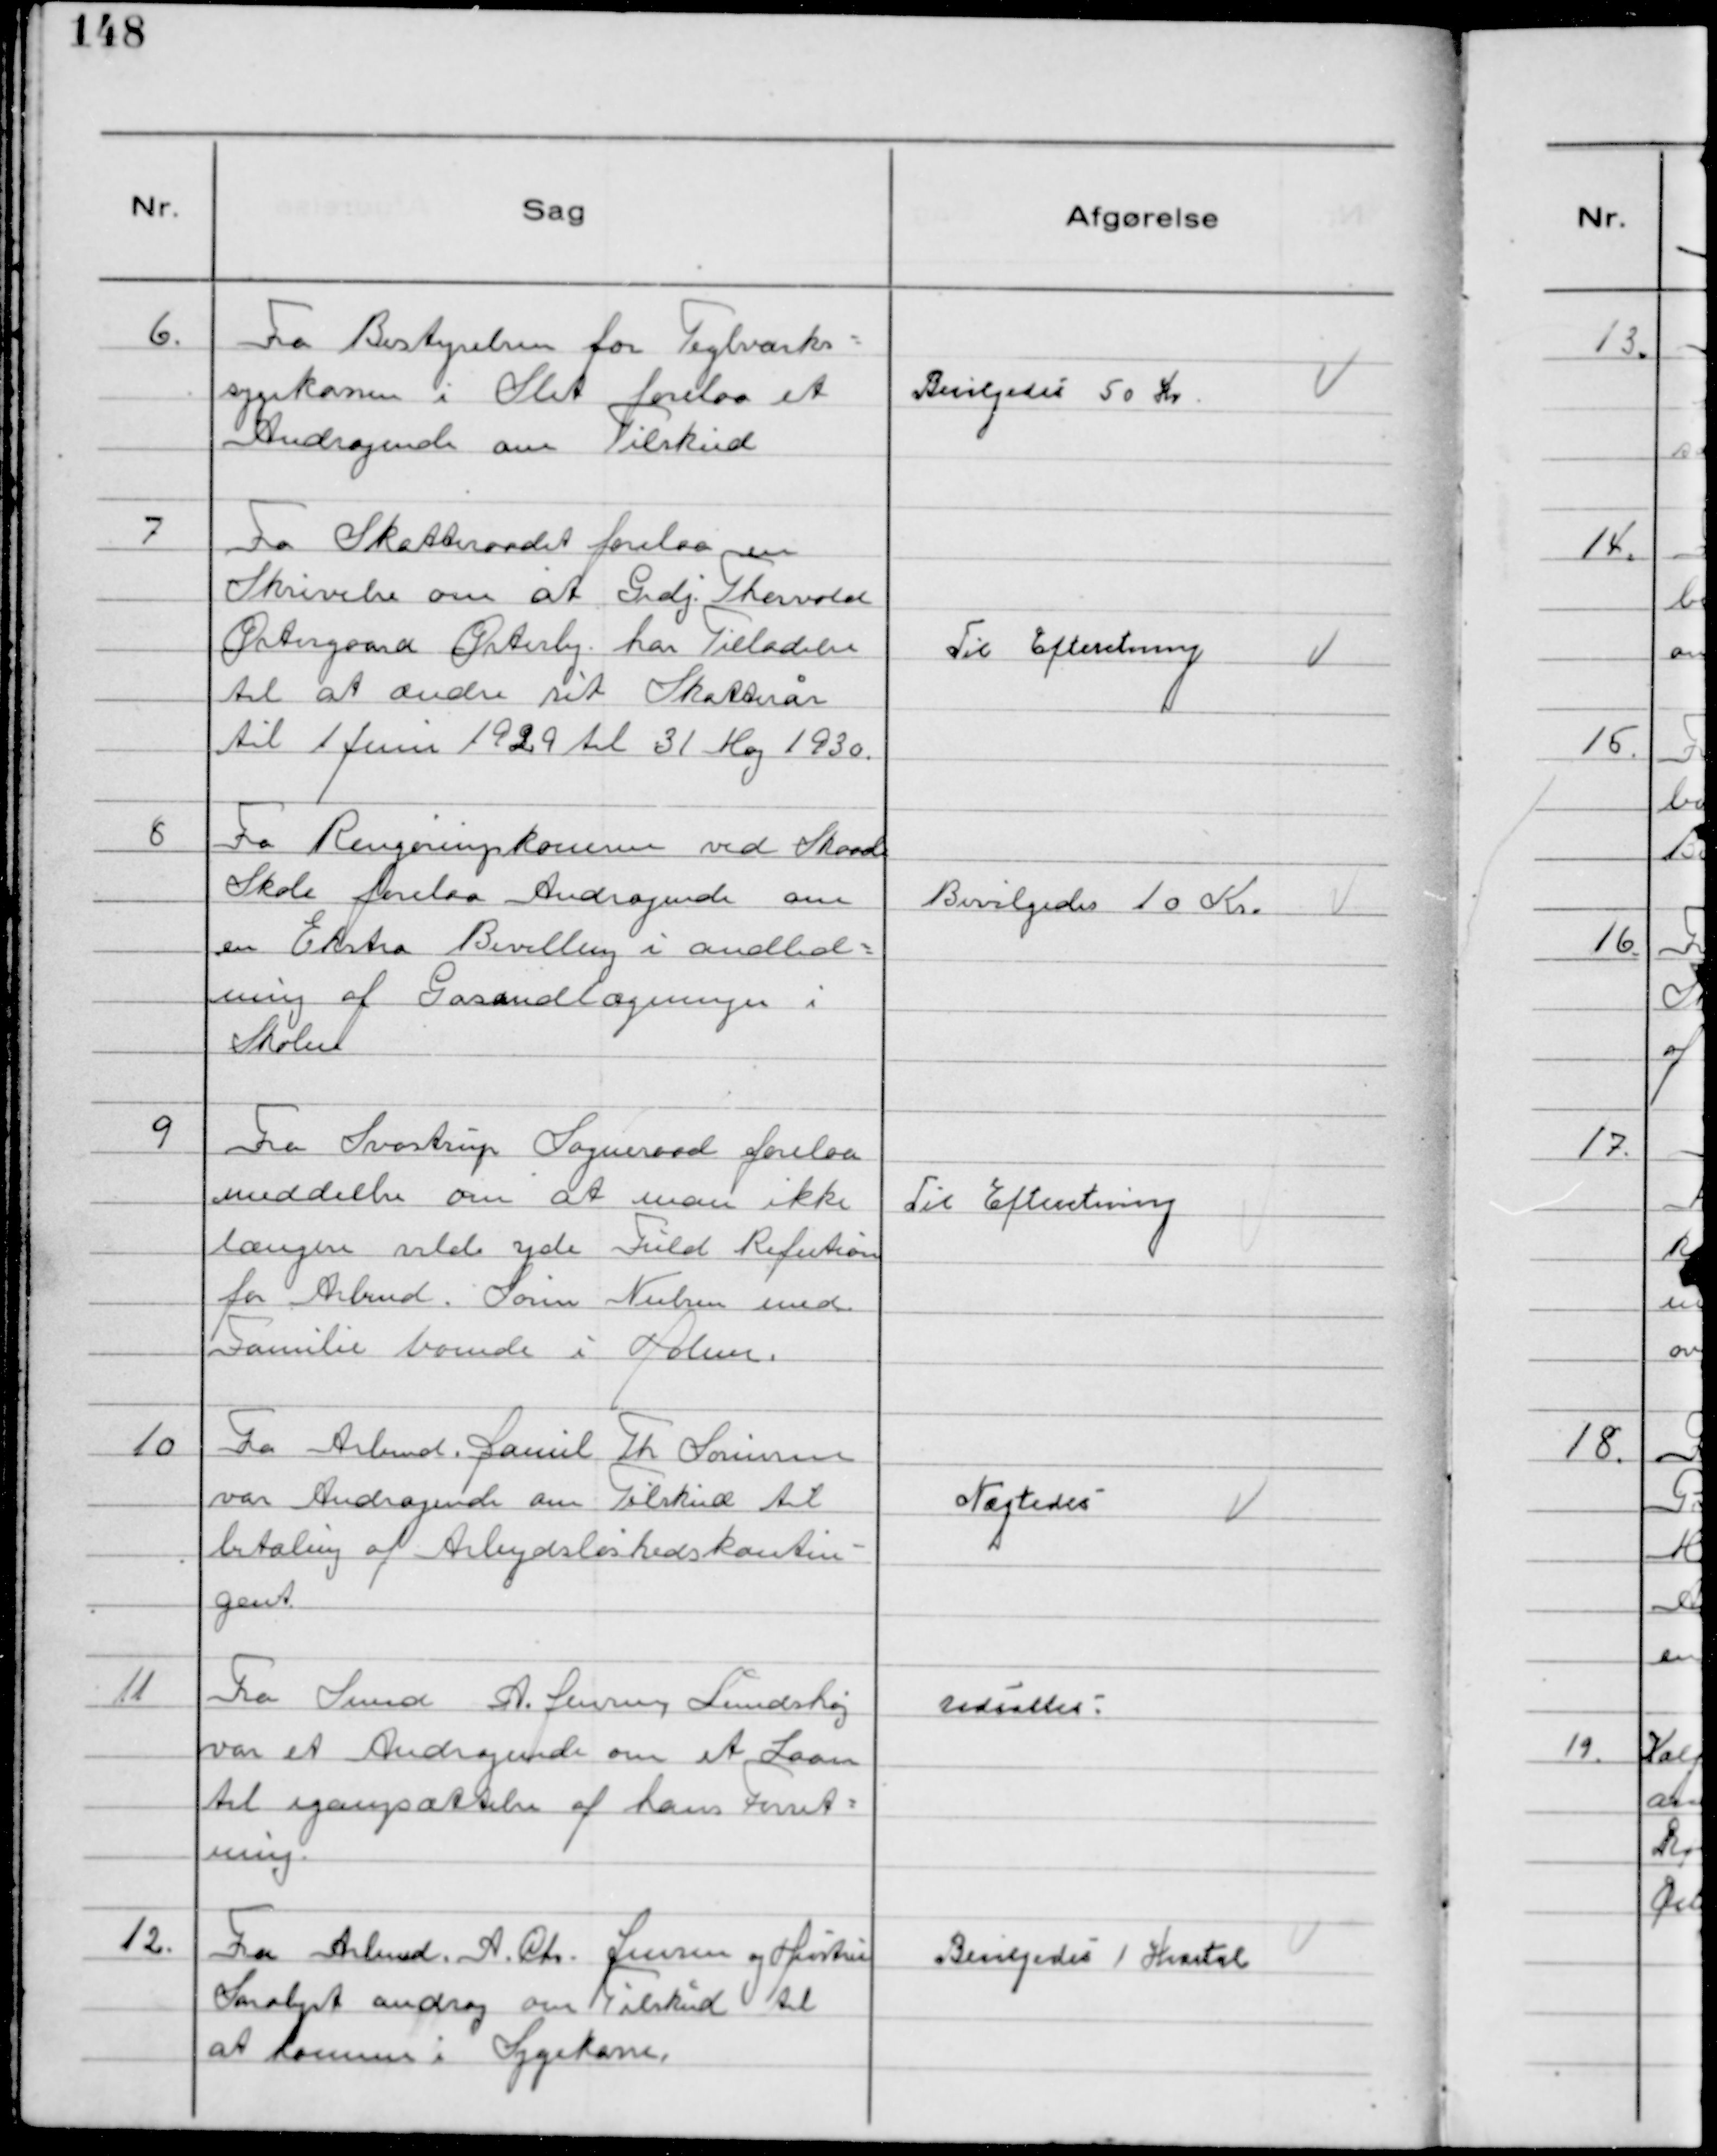
Transskription:
6.
Fra Bestyrelsen for Teglværks-
sygekassen i Slet forelaa et
Andragende om Tilskud

Bevilgedes 50 Kr

7
Fra Skatteraadet forelaa en
Skrivelse om at Grdj Thorvald
Østergaard Østerby har Tilladelse
til at ændre sit Skatteår
til 1 Juni 1929 til 31 Maj 1930

Til Efteretning

8
Fra Rengøringskonerne ved Skaade
Skole forelaa Andragende om
en Ekstra Bevilling i andled-
ning af Gasindlægningen i
Skolen

Bevilgedes 10 Kr

9
Fra Svostrup Sogneraad forelaa
meddeelse om at man ikke
længere vilde yde Fuld Refution
for Arbmd. Søren Nielsen med
Familie boende i Holme.

Til Efteretning

10
Fra Arbmd. Daniel Th Sørensen
var Andragende om Tilskud til
betaling af Arbejdsløshedskontin-
gent.

Nægtedes

11
Fra Svend A. Jensen Lundshøj
var et Andragende om et Laan
til Igangsættelse af hans Forret-
ning.

Udsattes.

12.
Fra Arbmd. A. Chr. Jensen og Hustru
Saralyst androg om Tilskud til
at komme i Sygekasse.

Bevilgedes 1 Kvartal